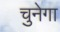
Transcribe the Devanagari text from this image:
चुनेगा